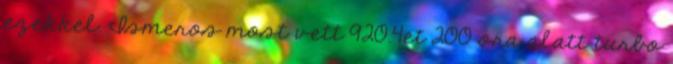
ezekkel. Ismeros most vett 920.4et 200 ora alatt turbo